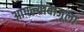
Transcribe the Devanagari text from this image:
आपल्याबाजूला